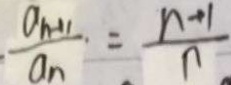
\frac { a _ { n - 1 1 } } { a _ { n } } = \frac { n + 1 } { n }